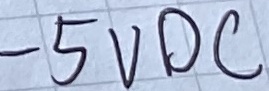
Text: -5VDC